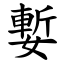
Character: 㜞